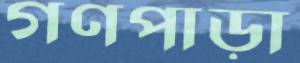
গণপাড়া